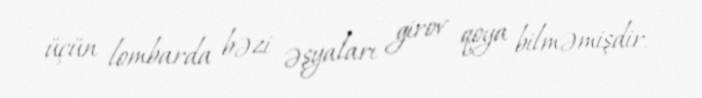
üçün lombarda bəzi əşyaları girov qoya bilməmişdir.